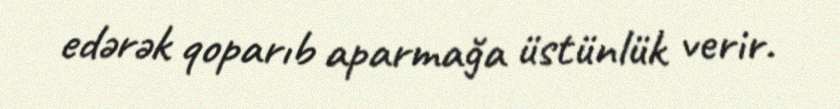
edərək qoparıb aparmağa üstünlük verir.